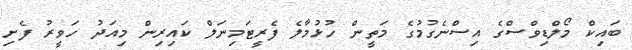
ބައިކް މޯލްޑިވްސްގެ އިސްނެގުމުގެ މަތީން ހުޅުމާލެ ފެރީޓަމިނަލް ކައިރިން މިއަދު ހަވީރު ފެށި